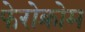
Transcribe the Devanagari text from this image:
फेरोक्रोम